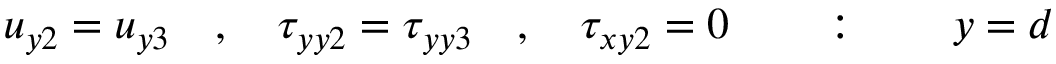
u _ { y 2 } = u _ { y 3 } \quad , \quad \tau _ { y y 2 } = \tau _ { y y 3 } \quad , \quad \tau _ { x y 2 } = 0 \quad \quad : \quad \quad y = d